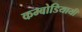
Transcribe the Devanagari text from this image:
कम्बोडियायी